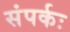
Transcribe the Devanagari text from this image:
संपर्कः